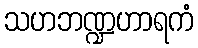
သဟဘဏ္ဍဟာရကံ